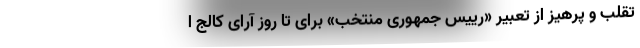
تقلب و پرهیز از تعبیر «رییس جمهوری منتخب» برای تا روز آرای کالج ا